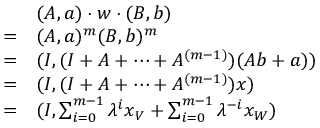
\begin{array} { r l } & { ( A , \boldsymbol { a } ) \cdot w \cdot ( B , \boldsymbol { b } ) } \\ { = } & { ( A , \boldsymbol { a } ) ^ { m } ( B , \boldsymbol { b } ) ^ { m } } \\ { = } & { ( I , ( I + A + \cdots + A ^ { ( m - 1 ) } ) ( A \boldsymbol { b } + \boldsymbol { a } ) ) } \\ { = } & { ( I , ( I + A + \cdots + A ^ { ( m - 1 ) } ) \boldsymbol { x } ) } \\ { = } & { ( I , \sum _ { i = 0 } ^ { m - 1 } \lambda ^ { i } \boldsymbol { x } _ { V } + \sum _ { i = 0 } ^ { m - 1 } \lambda ^ { - i } \boldsymbol { x } _ { W } ) } \end{array}